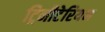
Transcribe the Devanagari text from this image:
ट्रिनीटेरियन